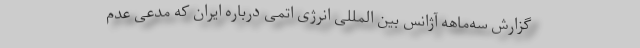
گزارش سه‌ماهه آژانس بین المللی انرژی اتمی درباره ایران که مدعی عدم